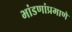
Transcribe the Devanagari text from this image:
भांडणांप्रमाणे